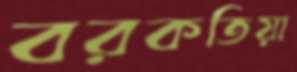
বরকতিয়া